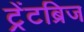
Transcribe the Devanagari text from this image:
ट्रेंटब्रिज